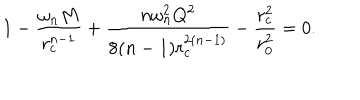
1 - \frac { \omega _ { n } M } { r _ { c } ^ { n - 1 } } + \frac { n \omega _ { n } ^ { 2 } Q ^ { 2 } } { 8 ( n - 1 ) r _ { c } ^ { 2 ( n - 1 ) } } - \frac { r _ { c } ^ { 2 } } { r _ { 0 } ^ { 2 } } = 0 .